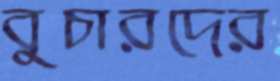
বুচারদের